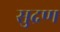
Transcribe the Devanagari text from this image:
सुद्रण